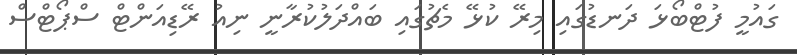
ގައުމީ ފުޓްބޯޅަ ދަނޑުގައި މިރޭ ކުޅޭ މެޗުގައި ބައްދަލުކުރާނީ ނިއު ރޭޑިއަންޓް ސްޕޯޓްސް